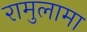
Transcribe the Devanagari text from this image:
रामुलामा